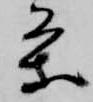
条